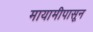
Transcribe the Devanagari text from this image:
मायामीपासून